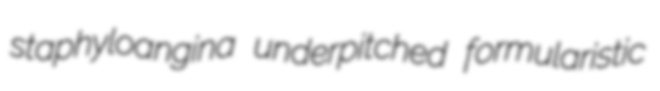
staphyloangina underpitched formularistic